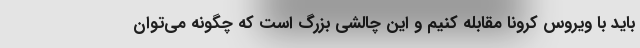
باید با ویروس کرونا مقابله کنیم و این چالشی بزرگ است که چگونه می‌توان